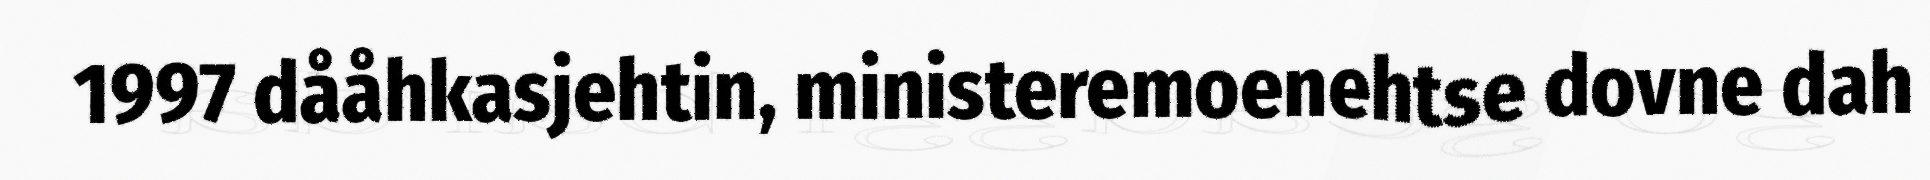
1997 dååhkasjehtin, ministeremoenehtse dovne dah